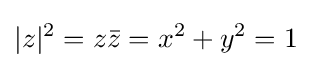
|z|^{2}=z{\bar {z}}=x^{2}+y^{2}=1